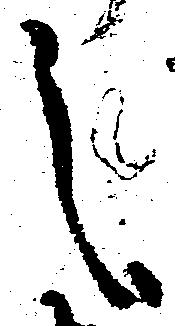
之